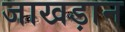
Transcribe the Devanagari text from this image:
जाखड़ान